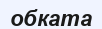
обката